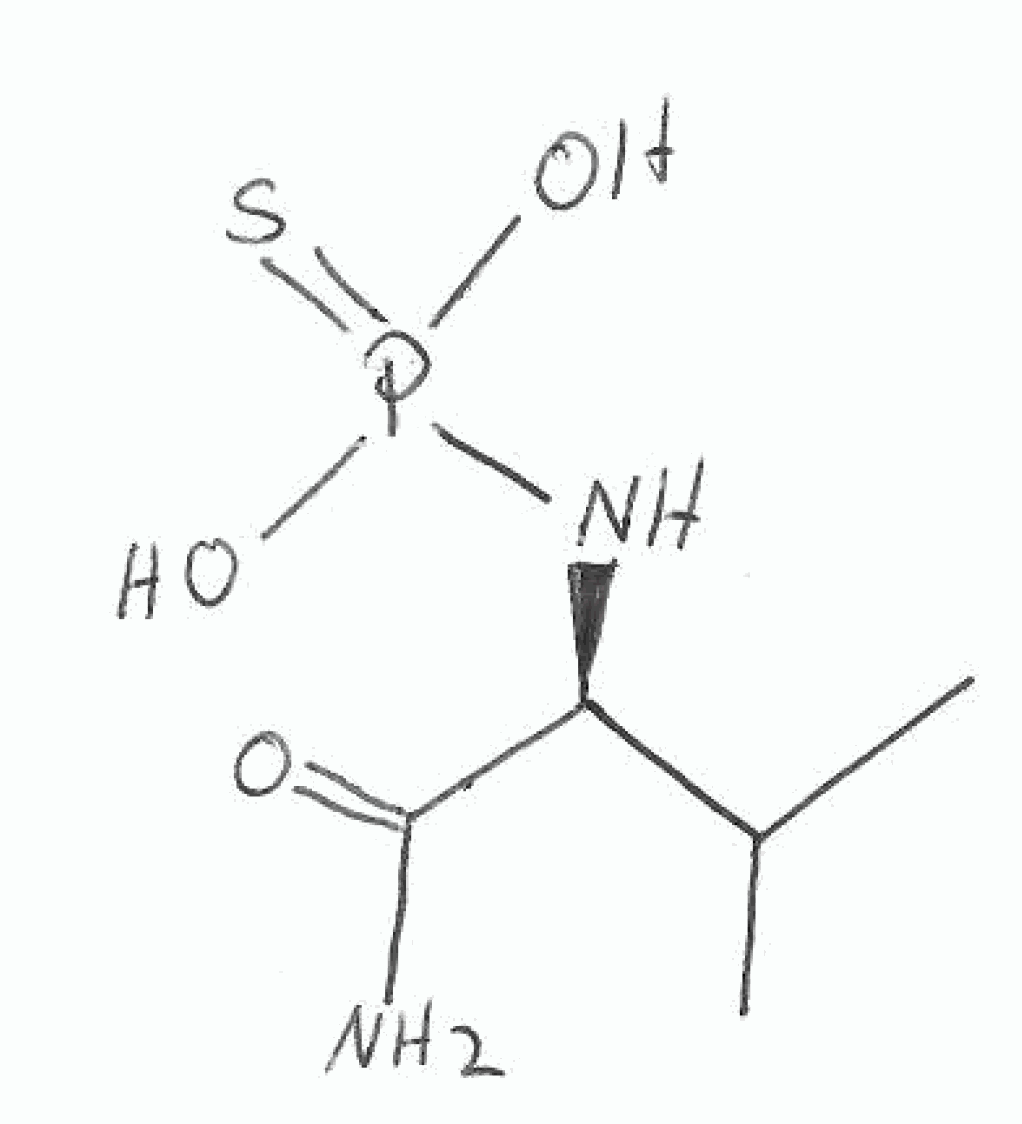
Simplified molecular-input line-entry system (SMILES) notation of the given molecule:
CC(C)[C@@H](C(=O)N)NP(=S)(O)O